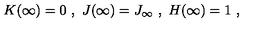
K ( \infty ) = 0 \ , \ J ( \infty ) = J _ { \infty } \ , \ H ( \infty ) = 1 \ ,